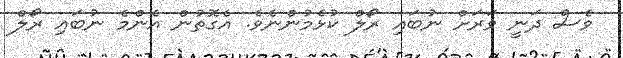
ވެސް ދަނީ ވަރަށް ނުބައި ރޯލް ކުޅެމުންނެވެ. އެގޮތުން އެންމެ ނުބައި ރޯލް